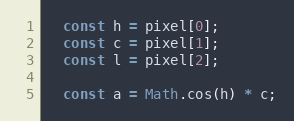
Language: JavaScript
  const h = pixel[0];
  const c = pixel[1];
  const l = pixel[2];

  const a = Math.cos(h) * c;